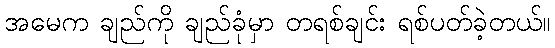
အမေက ချည်ကို ချည်ခုံမှာ တရစ်ချင်း ရစ်ပတ်ခဲ့တယ်။